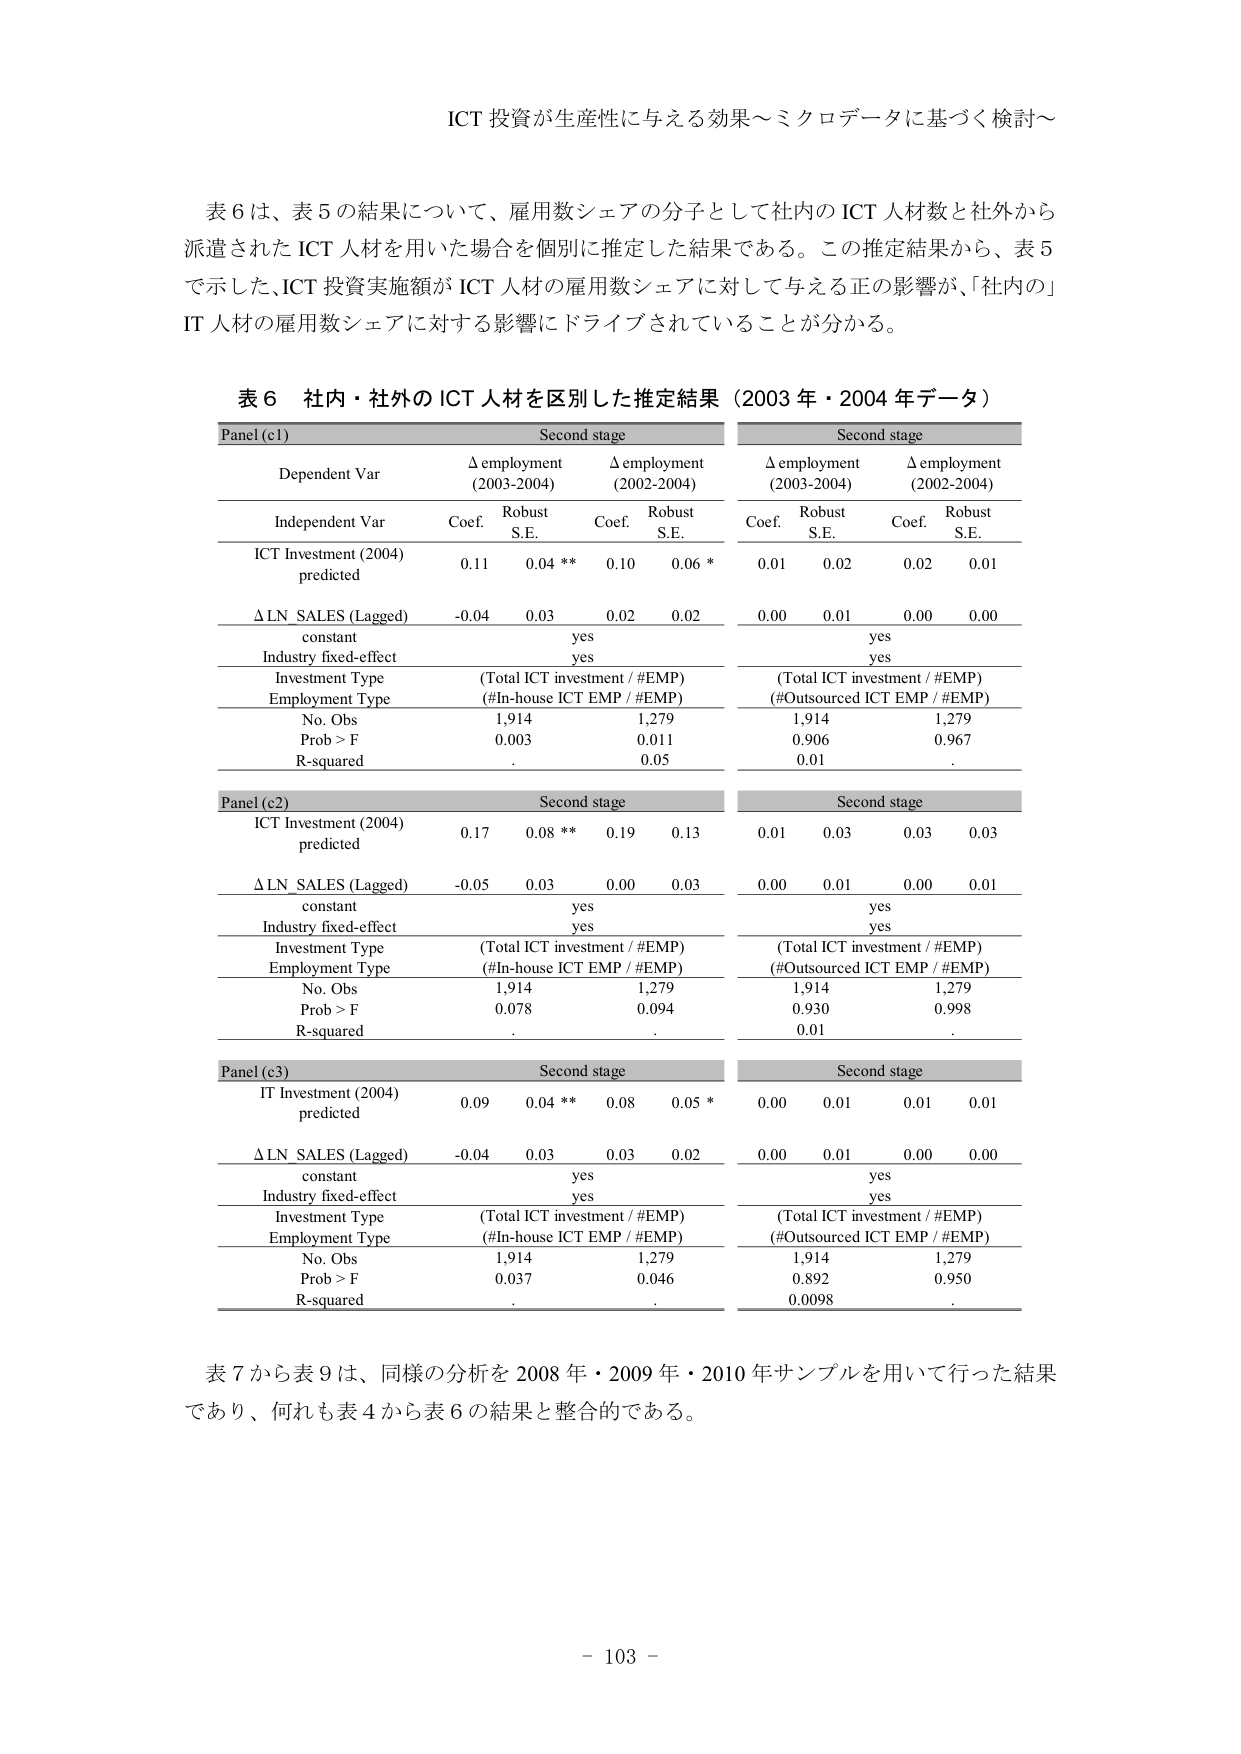
ICT 投資が生産性に与える効果～ミクロデータに基づく検討～

表６は、表５の結果について、雇用数シェアの分子として社内の ICT 人材数と社外から派遣された ICT 人材を用いた場合を個別に推定した結果である。この推定結果から、表５で示した、ICT 投資実施額が ICT 人材の雇用数シェアに対して与える正の影響が、「社内の」IT 人材の雇用数シェアに対する影響にドライブされていることが分かる。

表６ 社内・社外の ICT 人材を区別した推定結果（2003 年・2004 年データ）

Panel (c1)                             Second stage                             Second stage
Dependent Var          Δ employment (2003-2004)   Δ employment (2002-2004)   Δ employment (2003-2004)   Δ employment (2002-2004)
Independent Var        Coef.     Robust S.E.     Coef.     Robust S.E.     Coef.     Robust S.E.     Coef.     Robust S.E.
ICT Investment (2004) predicted     0.11      0.04 **     0.10      0.06 *      0.01      0.02      0.02      0.01
Δ LN SALES (Lagged)                 -0.04     0.03        0.02      0.02        0.00      0.01      0.00      0.00
constant                              yes                                   yes
Industry fixed-effect                 yes                                   yes
Investment Type                       (Total ICT investment / #EMP)         (Total ICT investment / #EMP)
Employment Type                       (#In-house ICT EMP / #EMP)          (#Outsourced ICT EMP / #EMP)
No. Obs                               1,914                               1,279                               1,914                               1,279
Prob > F                              0.003                               0.011                               0.906                               0.967
R-squared                            .                                   0.05                                0.01                               .

Panel (c2)                             Second stage                             Second stage
ICT Investment (2004) predicted     0.17      0.08 **     0.19      0.13        0.01      0.03      0.03      0.03
Δ LN SALES (Lagged)                 -0.05     0.03        0.00      0.03        0.00      0.01      0.00      0.01
constant                              yes                                   yes
Industry fixed-effect                 yes                                   yes
Investment Type                       (Total ICT investment / #EMP)         (Total ICT investment / #EMP)
Employment Type                       (#In-house ICT EMP / #EMP)          (#Outsourced ICT EMP / #EMP)
No. Obs                               1,914                               1,279                               1,914                               1,279
Prob > F                              0.078                               0.094                               0.930                               0.998
R-squared                            .                                  .                                   0.01                               .

Panel (c3)                             Second stage                             Second stage
IT Investment (2004) predicted        0.09      0.04 **     0.08      0.05 *      0.00      0.01      0.01      0.01
Δ LN SALES (Lagged)                   -0.04     0.03        0.03      0.02        0.00      0.01      0.00      0.00
constant                              yes                                   yes
Industry fixed-effect                 yes                                   yes
Investment Type                       (Total ICT investment / #EMP)         (Total ICT investment / #EMP)
Employment Type                       (#In-house ICT EMP / #EMP)          (#Outsourced ICT EMP / #EMP)
No. Obs                               1,914                               1,279                               1,914                               1,279
Prob > F                              0.037                               0.046                               0.892                               0.950
R-squared                            .                                  .                                   0.0098                             .

表７から表９は、同様の分析を 2008 年・2009 年・2010 年サンプルを用いて行った結果であり、何れも表４から表６の結果と整合的である。

- 103 -